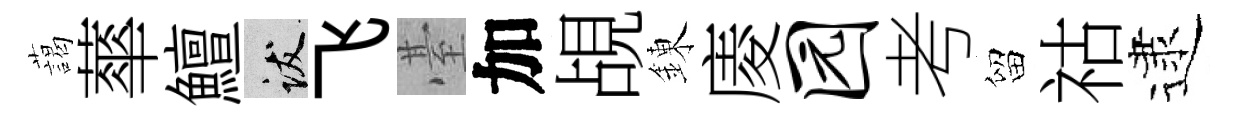
藹蕐鱣跋飞䑓加覘錬庱园考留祜逮